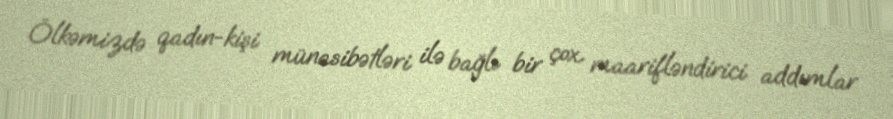
Ölkəmizdə qadın-kişi münasibətləri ilə bağlı bir çox maarifləndirici addımlar